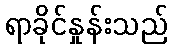
ရာခိုင်နှုန်းသည်